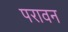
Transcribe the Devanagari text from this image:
परावन